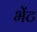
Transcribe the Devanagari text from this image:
भेेंट